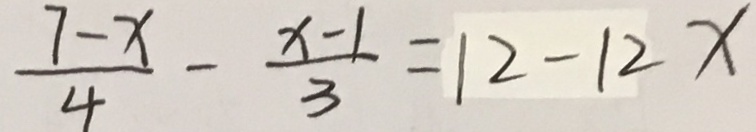
\frac { 7 - x } { 4 } - \frac { x - 1 } { 3 } = 1 2 - 1 2 x